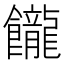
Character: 𩟭